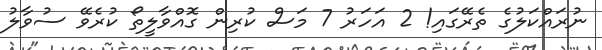
ނުރައްކަލުގެ ތެރޭގައި! 2 އަހަރު 7 މަސް ކުރިން ގޮއްވާލީތޯ ކުރެވޭ ސުވާލު